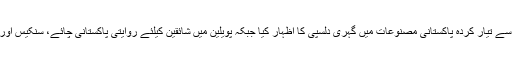
شائقین اور کاروباری افراد کی کثیر تعداد نے چمڑے سے تیار کردہ پاکستانی مصنوعات میں گہری دلسپی کا اظہار کیا جبکہ پویلین میں شائقین کیلئے روایتی پاکستانی چائے، سنکیس اور پاکستانی موسیقی کا بھی خصوصی اہتمام کیا گیا ہے۔